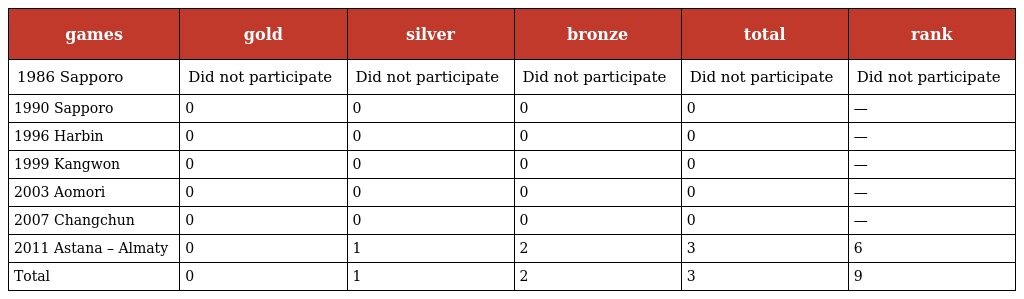
| games | gold | silver | bronze | total | rank |
 | --- | --- | --- | --- | --- | --- |
 | 1986 Sapporo | Did not participate | Did not participate | Did not participate | Did not participate | Did not participate |
 | 1990 Sapporo | 0 | 0 | 0 | 0 | — |
 | 1996 Harbin | 0 | 0 | 0 | 0 | — |
 | 1999 Kangwon | 0 | 0 | 0 | 0 | — |
 | 2003 Aomori | 0 | 0 | 0 | 0 | — |
 | 2007 Changchun | 0 | 0 | 0 | 0 | — |
 | 2011 Astana – Almaty | 0 | 1 | 2 | 3 | 6 |
 | Total | 0 | 1 | 2 | 3 | 9 |